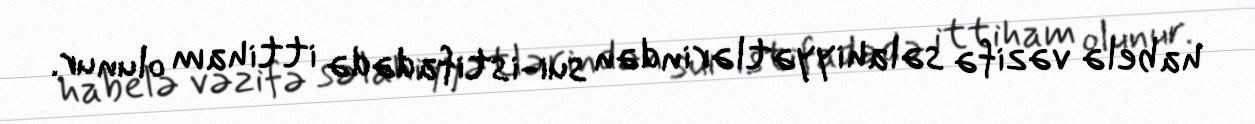
habelə vəzifə səlahiyyətlərindən sui-istifadədə ittiham olunur.